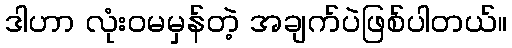
ဒါဟာ လုံးဝမမှန်တဲ့ အချက်ပဲဖြစ်ပါတယ်။